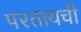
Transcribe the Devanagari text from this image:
परतायची